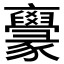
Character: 𠆟